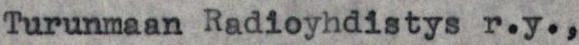
Turunmaan Radioyhdistys r.y.,